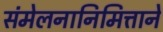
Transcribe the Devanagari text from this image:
संमेलनानिमित्ताने